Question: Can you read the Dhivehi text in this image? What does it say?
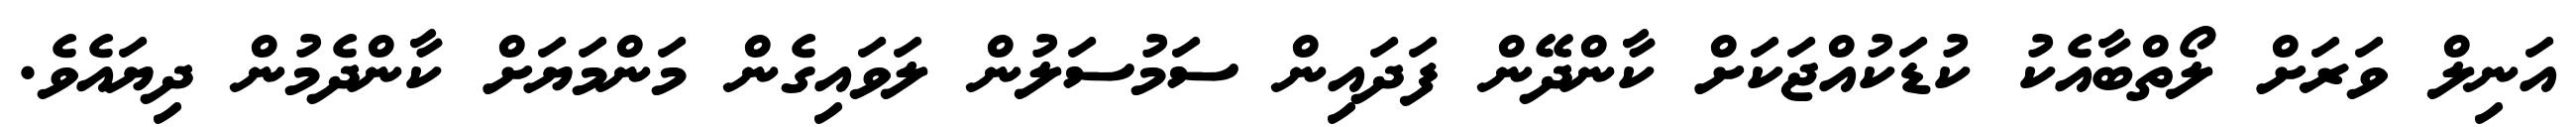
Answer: އަނިލް ވަރަށް ލޯތްބާއެކު ކުޑަކުއްޖަކަށް ކާންދޭން ފަދައިން ސަމުސަލުން ލަވައިގެން މަންމަޔަށް ކާންދެމުން ދިޔައެވެ.